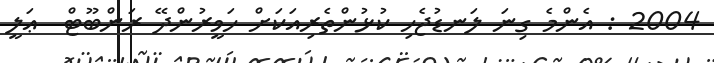
2004 : އެންމެ ގިނަ ލަނޑުޖެހި ކުޅުންތެރިއަކަށް ހަވީރުންދޭ ރަންބޫޓް  ޢަލީ